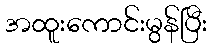
အထူးကောင်းမွန်ပြီး